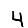
Digit: 4